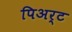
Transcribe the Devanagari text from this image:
पिअर्ट